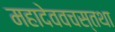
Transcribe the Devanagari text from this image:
महादेववचस्तथा